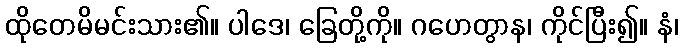
ထိုတေမိမင်းသား၏။ ပါဒေ၊ ခြေတို့ကို။ ဂဟေတွာန၊ ကိုင်ပြီး၍။ နံ၊